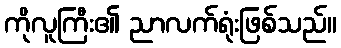
ကိုလူကြီး၏ ညာလက်ရုံးဖြစ်သည်။